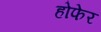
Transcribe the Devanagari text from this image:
होफेर